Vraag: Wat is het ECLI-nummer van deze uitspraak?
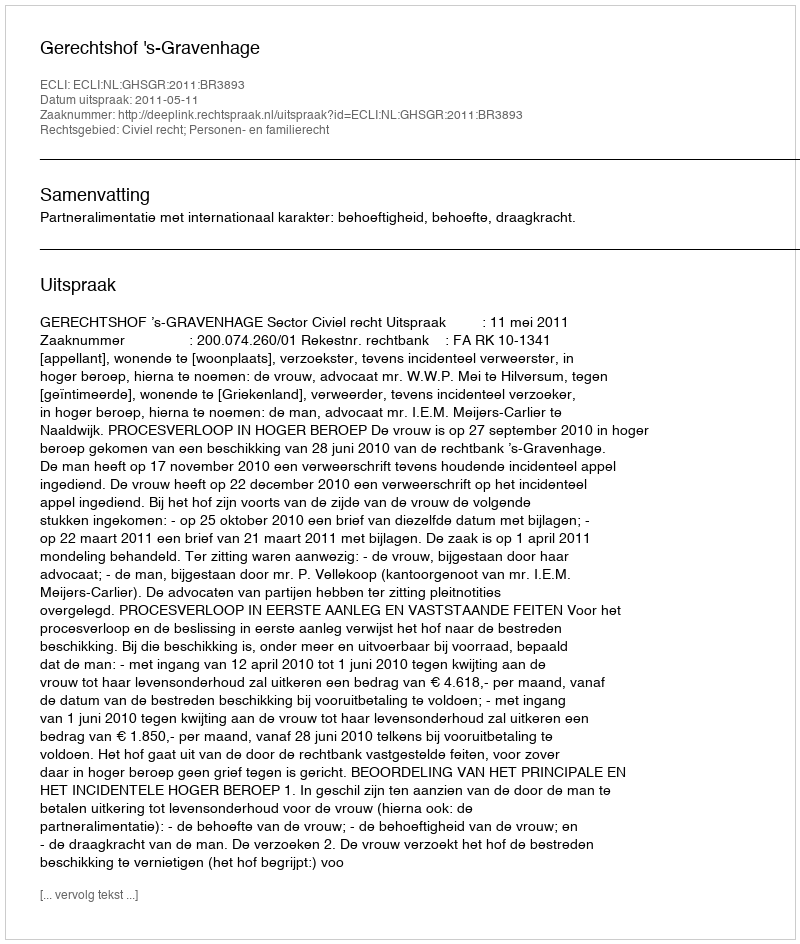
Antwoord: ECLI:NL:GHSGR:2011:BR3893